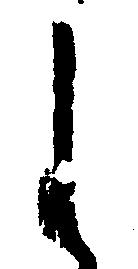
し